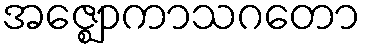
အဇ္ဈောကာသဂတော